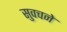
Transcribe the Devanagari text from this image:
सुवचने